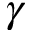
\gamma